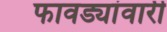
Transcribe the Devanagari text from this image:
फावड्यांवारी